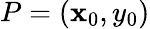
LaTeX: P=(\mathbf{x}_{0},y_{0})